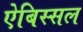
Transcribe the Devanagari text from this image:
ऐबिस्सल